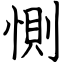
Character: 惻